Indian journal of veterinary science and animal husbandry - Volumes 18-21, 1948-1951
Year: 1948
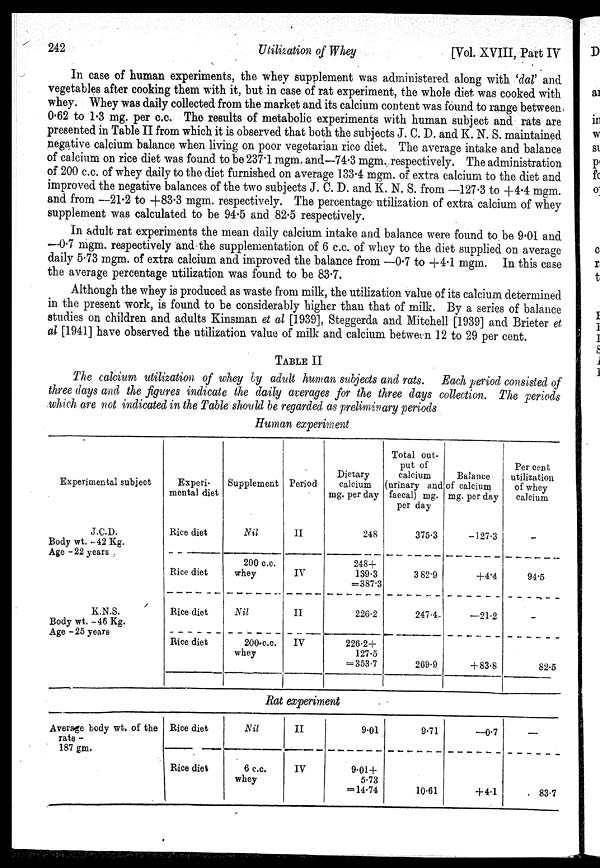
242
Utilization of Whey
[Vol. XVIII, Part IV
In case of human experiments, the whey supplement was administered along with 'dal' and
vegetables after cooking them with it, but in case of rat experiment, the whole diet was cooked with
whey. Whey was daily collected from the market and its calcium content was found to range between
0.62 to 1.3 mg. per c.c. The results of metabolic experiments with human subject and rats are
presented in Table II from which it is observed that both the subjects J. C. D. and K. N. S. maintained
negative calcium balance when living on poor vegetarian rice diet. The average intake and balance
of calcium on rice diet was found to be 237.1 mgm. and—74.3 mgm. respectively. The administration.
of 200 c.c. of whey daily to the diet furnished on average 133.4 mgm. of extra calcium to the diet and
improved the negative balances of the two subjects J. C. D. and K. N. S. from —127.3 to +4.4 mgm.
and from —21.2 to +83.3 mgm. respectively. The percentage utilization of extra calcium of whey
supplement was calculated to be 94.5 and 82.5 respectively.
In adult rat experiments the mean daily calcium intake and balance were found to be 9.01 and
—0.7 mgm. respectively and the supplementation of 6 c.c. of whey to the diet supplied on average
daily 5.73 mgm. of extra calcium and improved the balance from —0.7 to +4.1mgm. In this case
the average percentage utilization was found to be 83.7.
Although the whey is produced as waste from milk, the utilization value of its calcium determined
in the present work, is found to be considerably higher than that of milk. By a series of balance
studies on children and adults Kinsman et al [1939], Steggerda and Mitchell [1939] and Brieter et
al [1941] have observed the utilization value of milk and calcium between 12 to 29 per cent.
TABLE II
The calcium utilization of whey by adult human subjects and rats. Each period consisted of
three days and the figures indicate the daily averages for the three days collection. The periods
which are not indicated in the Table should be regarded as preliminary periods
Human experiment
Experimental subject
J.C.D.
Body wt. -42 Kg.
Age -22 years
K.N.S.
Body wt. -46 Kg.
Age -25 years
Average body wt. of the
rats -
187 gm.
Experi-
mental diet
Rice diet
Rice diet
Rice diet
Rice diet
Rice diet
Rice diet
Supplement
Nil
200 c.c.
whey
Nil
200 c.c.
whey
Period
II
IV
II
IV
Dietary
calcium
mg. per day
248
248+
139.3
=387.3
226.2
226.2+
127.5
= 353.7
Rat experiment
Nil
6 c.c.
whey
II
IV
9.01
9.01 +
5.73
= 14.74
Total out-
put of
calcium
(urinary and
faecal) mg.
per day
375.3
382.9
247.4
269.9
9.71
10.61
Balance
of calcium
mg. per day
—127.3
+4.4
—21.2
+ 83.8
—0.7
+ 4.1
Per cent
utilization
of whey
calcium
––
94.5
––
82.5
—
83.7